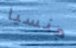
جنسيا